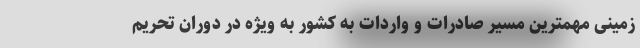
زمینی مهمترین مسیر صادرات و واردات به کشور به ویژه در دوران تحریم